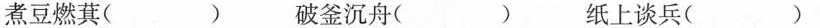
煮豆燃萁( ) 破釜沉舟（） 纸上谈兵（）